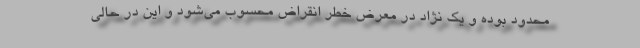
محدود بوده و یک نژاد در معرض خطر انقراض محسوب می‌شود و این در حالی